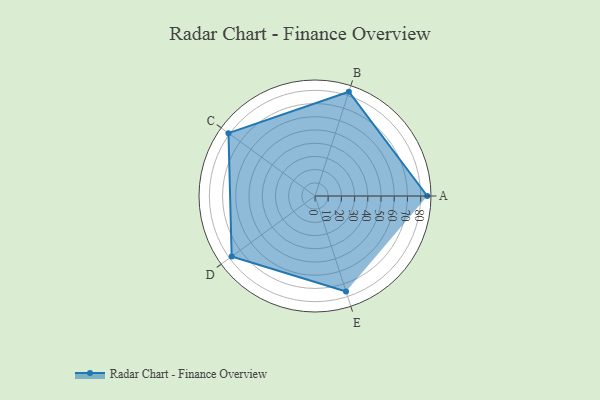
{"axis": {"x": "Skill", "y": "Score"}, "legend": ["Profile"], "data": [{"x": "A", "y": 85.0, "type": "Profile"}, {"x": "B", "y": 83.0, "type": "Profile"}, {"x": "C", "y": 81.0, "type": "Profile"}, {"x": "D", "y": 78.0, "type": "Profile"}, {"x": "E", "y": 76.0, "type": "Profile"}]}